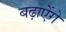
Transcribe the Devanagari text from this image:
बढ़ाऐेंगे